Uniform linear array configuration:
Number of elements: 4
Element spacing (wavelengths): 0.5
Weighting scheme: binomial
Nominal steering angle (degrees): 45
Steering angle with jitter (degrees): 43.432
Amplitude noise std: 0.05
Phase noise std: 0.05

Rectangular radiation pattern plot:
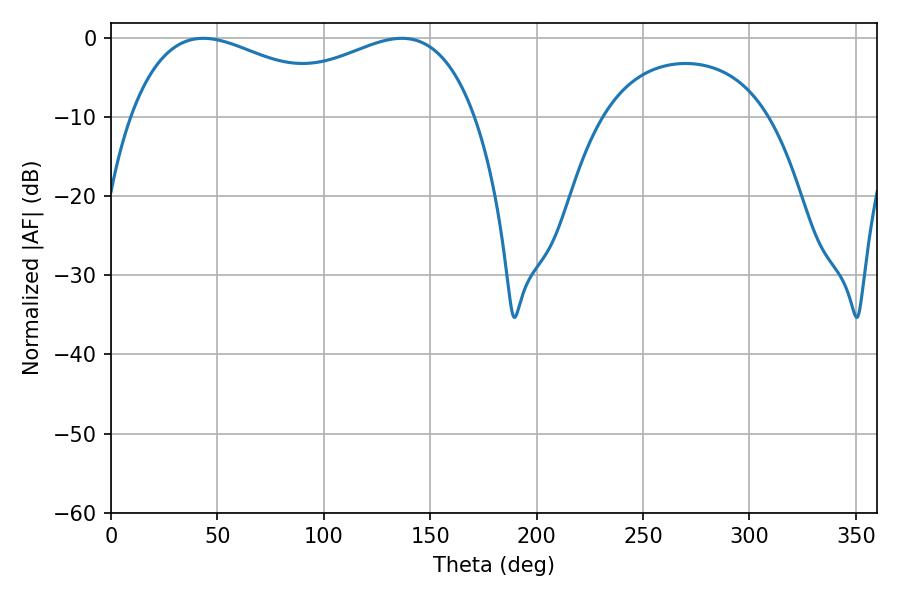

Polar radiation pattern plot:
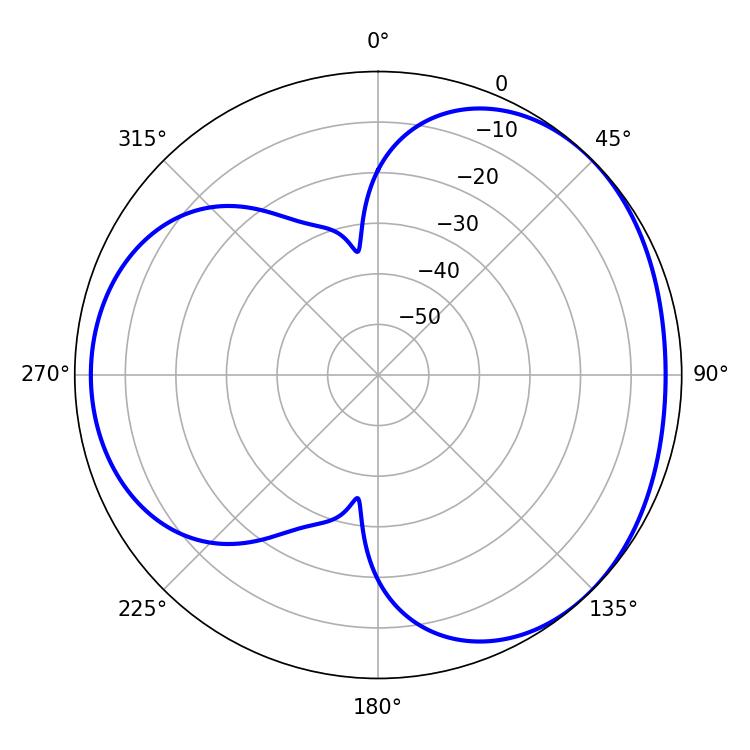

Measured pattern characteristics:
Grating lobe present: FALSE
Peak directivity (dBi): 3.341
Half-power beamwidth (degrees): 59.76
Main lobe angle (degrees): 43.38